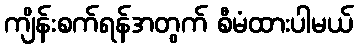
ကျိန်းစက်ရန်အတွက် စီမံထားပါမယ်